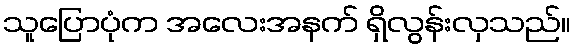
သူပြောပုံက အလေးအနက် ရှိလွန်းလှသည်။